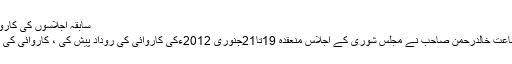
سابقہ اجلاسوں کی کاروائی کی توثیق :
٭	نائب قیم جماعت خالدرحمن صاحب نے مجلس شوریٰ کے اجلاس منعقدہ 19تا21جنوری 2012ءکی کاروائی کی روداد پیش کی ، کاروائی کی توثیق کی گئی ۔